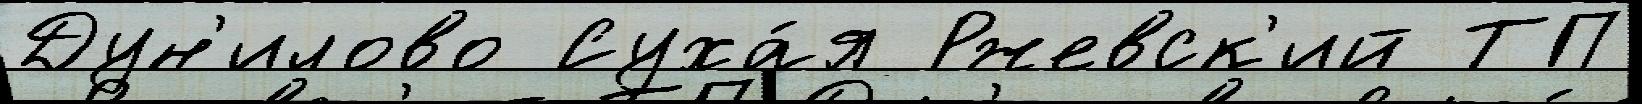
Дун'илово Суха́я Ржевск'ий ТП